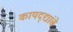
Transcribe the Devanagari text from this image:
कायद्द्यांचे